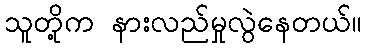
သူတို့က နားလည်မှုလွဲနေတယ်။